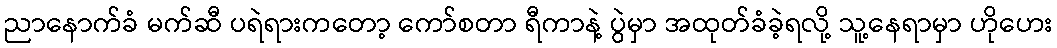
ညာနောက်ခံ မက်ဆီ ပရဲရားကတော့ ကော်စတာ ရီကာနဲ့ ပွဲမှာ အထုတ်ခံခဲ့ရလို့ သူ့နေရာမှာ ဟိုဟေး